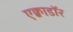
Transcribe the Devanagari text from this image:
एक्वाडॉर